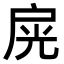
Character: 𢩊